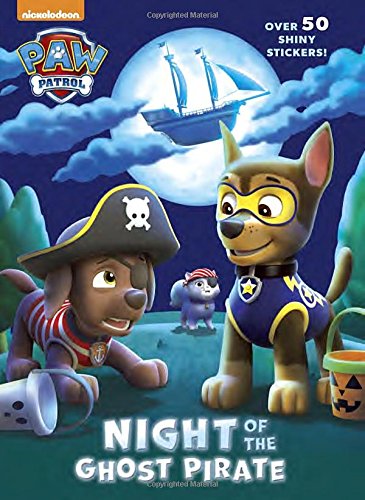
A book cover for Night of the Ghost Pirate (Paw Patrol) (Hologramatic Sticker Book); Golden Books; Children's Books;